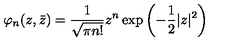
\varphi _ { n } ( z , \bar { z } ) = { \frac { 1 } { \sqrt { \pi n ! } } } z ^ { n } \exp \left( - { \frac { 1 } { 2 } } | z | ^ { 2 } \right)